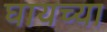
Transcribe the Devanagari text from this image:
घायच्या